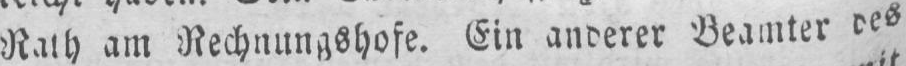
am Rechnungshofe. Ein anderer Beamter des